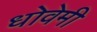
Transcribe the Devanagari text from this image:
धोवेमी